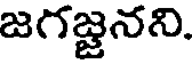
జగజ్జనని.